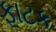
ફાટક